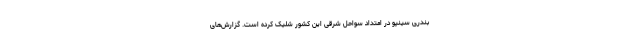
بندری سینپو در امتداد سواحل شرقی این کشور شلیک کرده است. گزارش‌های